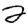
Digit: 2